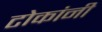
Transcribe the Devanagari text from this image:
टोकांनी